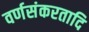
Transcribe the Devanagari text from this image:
वर्णसंकरतादि